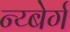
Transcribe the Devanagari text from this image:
न्य्बेर्ग